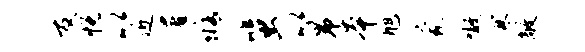
友悦以近署修蜚以昂本旭蒙嗷寒敞